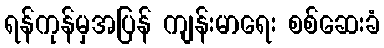
ရန်ကုန်မှအပြန် ကျန်းမာရေး စစ်ဆေးခံ